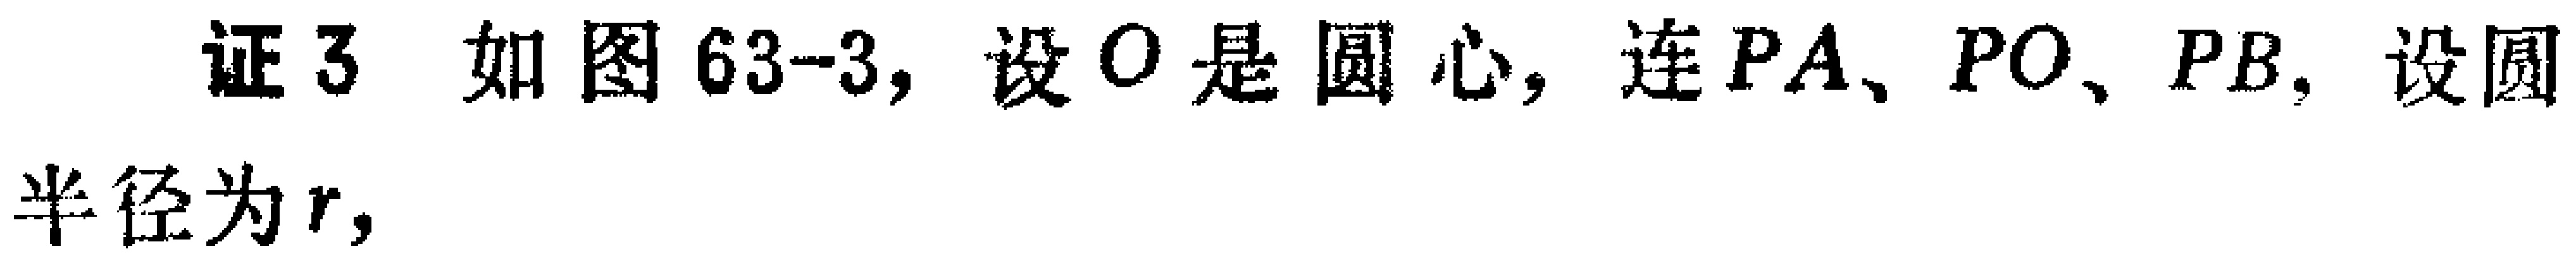
证3 如图63-3, 设\(O\)是圆心, 连\(PA\)、\(PO\)、\(PB\). 设圆半径为\(r\),